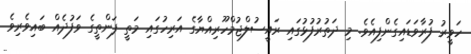
ހަވީރު ފުރާވަޑައިގެންފިއެވެ. މި ދަތުރުފުޅުގައި ރައީސުލްޖުމްހޫރިއްޔާގެ އަރިހުގައި މަތީ ފަންތީގެ ވަފުދެއް ބައިވެރިވެ